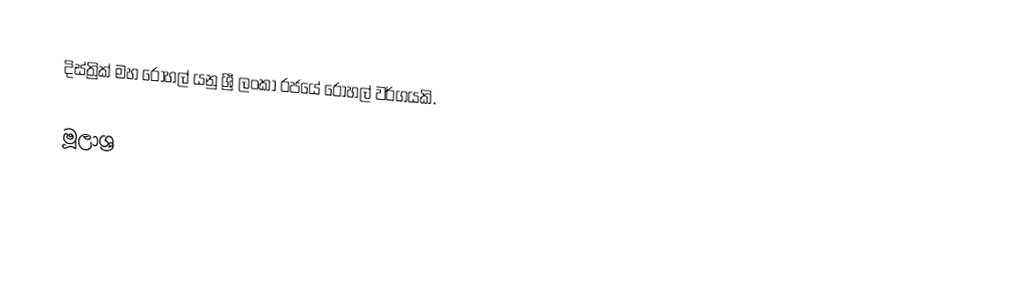
දිස්ත්‍රික් මහ රෝහල් යනු ශ්‍රී ලංකා රජයේ රෝහල් වර්ගයකි.

මූලාශ්‍ර